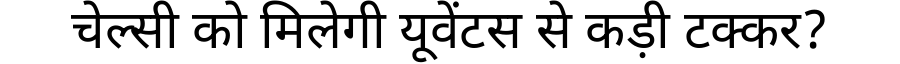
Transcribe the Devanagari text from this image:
चेल्सी को मिलेगी यूवेंटस से कड़ी टक्कर?